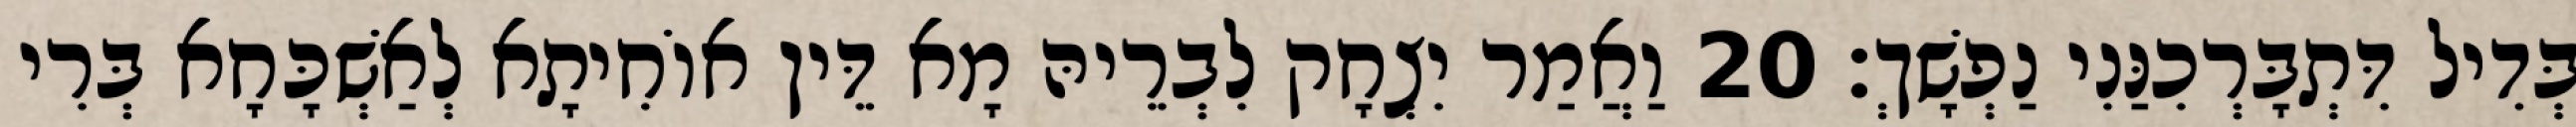
בְּדִיל דִּתְבָּרְכִנַּנִי נַפְשָׁךְ׃ 20 וַאֲמַר יִצְחָק לִבְרֵיהּ מָא דֵּין אוֹחִיתָא לְאַשְׁכָּחָא בְּרִי